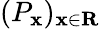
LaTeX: (P_{\mathbf{x}})_{\mathbf{x}\in\mathbf{{R}}}